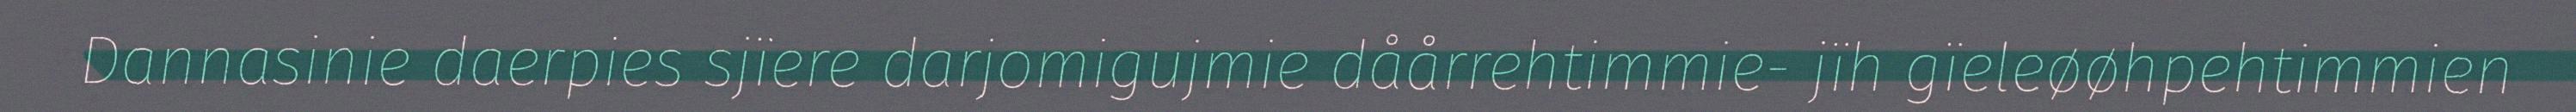
Dannasinie daerpies sjïere darjomigujmie dåårrehtimmie- jïh gïeleøøhpehtimmien